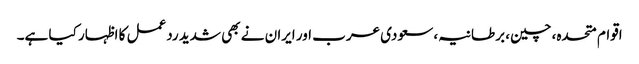
اقوام متحدہ، چین، برطانیہ، سعودی عرب اور ایران نے بھی شدید ردعمل کا اظہار کیا ہے۔